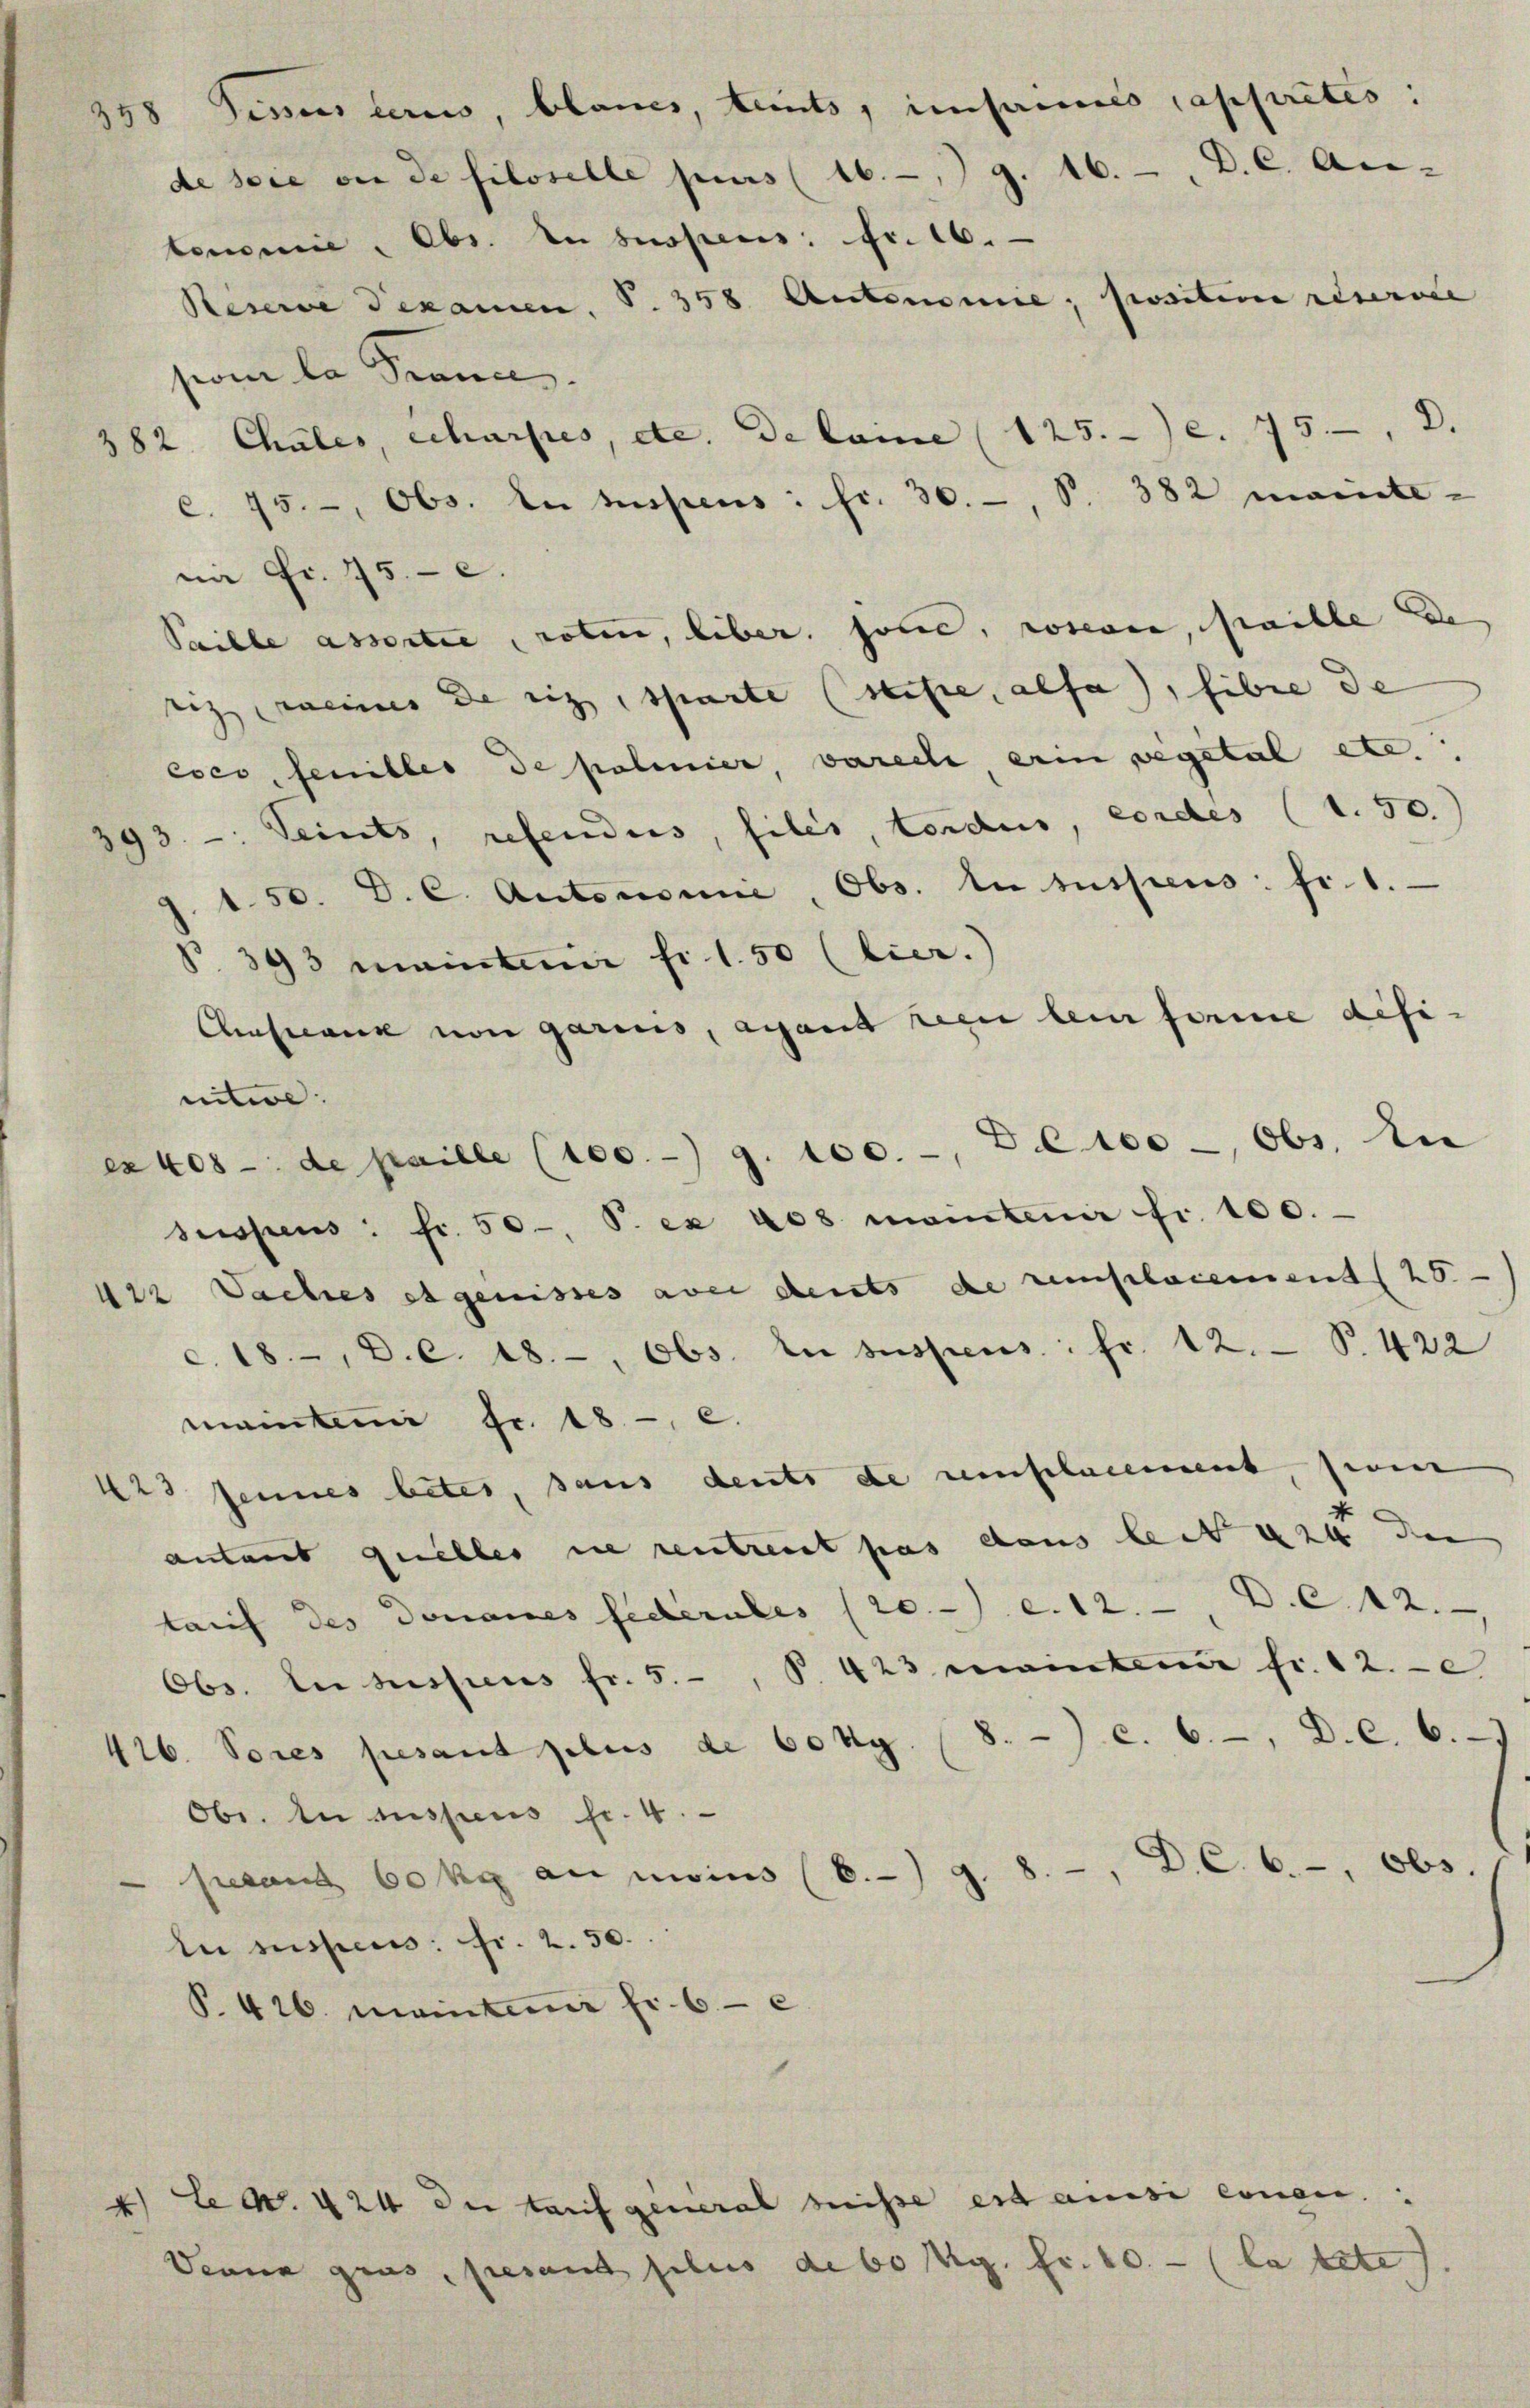
tonomie, Obs. In suspens: Fr. 16.
sion la France.
im Fr. 75. c.
Saible assortie, noten, liber. sonne, rosence, paille de
zig meines de ris, sparte siste, alfa), fibre de
coco, feuilles de polnier vareche ein vegetal etc.
393. - Seints, refendes, files, tardus, wordes (1. 50.
150. D. C. Autonomie, Obs. In suspens. fr. 1.
§ 393 maintimir fi. 1.50 (lier.
Austanz von garius, ayant den lein feine definitive.
es 408 - de paille (100.- 9. 100.-, De 100 - Obs. In
Suspens: fr. 50, P. ex 408 maintenir fr. 100.
der Daches et genisses aber deuts de remplacement 28
c. 18, C. c. 18., Obs. In suspens: fr. 12. S. 422
maintem fr. 18, c.
423 seines betes, sans deuts de remplacement, seine
antant quelles in rentreut pas chans leit 424 den
lauf des Donaues Federates (20. c. 12. D. c. 12.
Obs. In dessens fr. 5. P. 423 maintem fr. 12. e
416. Sores pesant plus de 60 Mg. (8. c. 6., D. C. 6.
Obr. In suspens fr. 4.
sesant 60 kg au moins (6.-) g. 8. —, D. C. 6., Obs.
le suspens. fr. 2. 50.
P. 426. Maintimi fr. 6 - e

u E. 424 der auf general beisse est ainsi einen.
Deuna gius, presant plus de 60 Rp. fr. 10.- (la tete

358 Simus beris, blaues, tents, umseines jappirtes:
de sie von de filoselle purs (16. 79. 16. D. C. Ar-
Reserve Texamen. S. 358. Autonomie, positive reservie
382 Chales, Scharfes, etc. de lane (125. c. 75, D.
c. 75., Obs. In suspens: fr. 30., S. 382 monite-